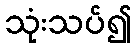
သုံးသပ်၍